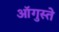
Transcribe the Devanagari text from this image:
ऑगुस्ते